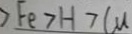
> F e > H > C u